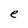
Character: e